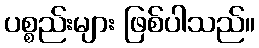
ပစ္စည်းများ ဖြစ်ပါသည်။